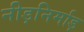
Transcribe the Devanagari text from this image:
नीड़निर्माड़